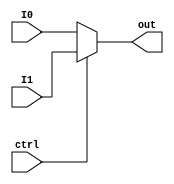
module MUXTWO (I0,I1,ctrl,out);
	input[width-1:0] I0,I1;
	input ctrl;
	output reg[width-1:0] out;
	parameter width=32;

	always @(I0 or I1 or ctrl) begin
		if (ctrl==0)
			out=I0;
		else
			out=I1;
	end
endmodule